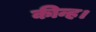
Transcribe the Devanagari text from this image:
कीन्ह।